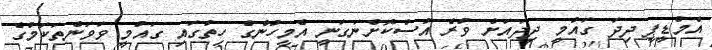
އެމްޑީޕީ ދިދަ ގައުމީ ދިދައަށް ވުރެ އުސްކޮށްނަގަނީ އެމީހުންގެ ހިތުގައި ގައުމީ ވަވަންތަކަމުގެ